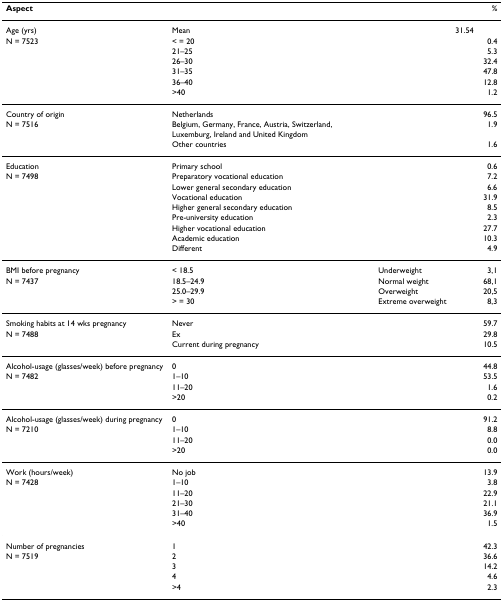
<table><thead><tr><td><b>Aspect</b></td><td></td><td></td><td></td><td><b>%</b></td></tr></thead><tbody><tr><td>Age (yrs)</td><td>Mean</td><td></td><td>31.54</td><td></td></tr><tr><td>N = 7523</td><td>&lt; = 20</td><td></td><td></td><td>0.4</td></tr><tr><td></td><td>21–25</td><td></td><td></td><td>5.3</td></tr><tr><td></td><td>26–30</td><td></td><td></td><td>32.4</td></tr><tr><td></td><td>31–35</td><td></td><td></td><td>47.8</td></tr><tr><td></td><td>36–40</td><td></td><td></td><td>12.8</td></tr><tr><td></td><td>&gt;40</td><td></td><td></td><td>1.2</td></tr><tr><td>Country of origin</td><td>Netherlands</td><td></td><td></td><td>96.5</td></tr><tr><td>N = 7516</td><td>Belgium, Germany, France, Austria, Switzerland, Luxemburg, Ireland and United Kingdom</td><td></td><td></td><td>1.9</td></tr><tr><td></td><td>Other countries</td><td></td><td></td><td>1.6</td></tr><tr><td>Education</td><td>Primary school</td><td></td><td></td><td>0.6</td></tr><tr><td>N = 7498</td><td>Preparatory vocational education</td><td></td><td></td><td>7.2</td></tr><tr><td></td><td>Lower general secondary education</td><td></td><td></td><td>6.6</td></tr><tr><td></td><td>Vocational education</td><td></td><td></td><td>31.9</td></tr><tr><td></td><td>Higher general secondary education</td><td></td><td></td><td>8.5</td></tr><tr><td></td><td>Pre-university education</td><td></td><td></td><td>2.3</td></tr><tr><td></td><td>Higher vocational education</td><td></td><td></td><td>27.7</td></tr><tr><td></td><td>Academic education</td><td></td><td></td><td>10.3</td></tr><tr><td></td><td>Different</td><td></td><td></td><td>4.9</td></tr><tr><td>BMI before pregnancy</td><td>&lt; 18.5</td><td>Underweight</td><td></td><td>3,1</td></tr><tr><td>N = 7437</td><td>18.5–24.9</td><td>Normal weight</td><td></td><td>68,1</td></tr><tr><td></td><td>25.0–29.9</td><td>Overweight</td><td></td><td>20,5</td></tr><tr><td></td><td>&gt; = 30</td><td>Extreme overweight</td><td></td><td>8,3</td></tr><tr><td>Smoking habits at 14 wks pregnancy</td><td>Never</td><td></td><td></td><td>59.7</td></tr><tr><td>N = 7488</td><td>Ex</td><td></td><td></td><td>29.8</td></tr><tr><td></td><td>Current during pregnancy</td><td></td><td></td><td>10.5</td></tr><tr><td>Alcohol-usage (glasses/week) before pregnancy</td><td>0</td><td></td><td></td><td>44.8</td></tr><tr><td>N = 7482</td><td>1–10</td><td></td><td></td><td>53.5</td></tr><tr><td></td><td>11–20</td><td></td><td></td><td>1.6</td></tr><tr><td></td><td>&gt;20</td><td></td><td></td><td>0.2</td></tr><tr><td>Alcohol-usage (glasses/week) during pregnancy</td><td>0</td><td></td><td></td><td>91.2</td></tr><tr><td>N = 7210</td><td>1–10</td><td></td><td></td><td>8.8</td></tr><tr><td></td><td>11–20</td><td></td><td></td><td>0.0</td></tr><tr><td></td><td>&gt;20</td><td></td><td></td><td>0.0</td></tr><tr><td>Work (hours/week)</td><td>No job</td><td></td><td></td><td>13.9</td></tr><tr><td>N = 7428</td><td>1–10</td><td></td><td></td><td>3.8</td></tr><tr><td></td><td>11–20</td><td></td><td></td><td>22.9</td></tr><tr><td></td><td>21–30</td><td></td><td></td><td>21.1</td></tr><tr><td></td><td>31–40</td><td></td><td></td><td>36.9</td></tr><tr><td></td><td>&gt;40</td><td></td><td></td><td>1.5</td></tr><tr><td>Number of pregnancies</td><td>1</td><td></td><td></td><td>42.3</td></tr><tr><td>N = 7519</td><td>2</td><td></td><td></td><td>36.6</td></tr><tr><td></td><td>3</td><td></td><td></td><td>14.2</td></tr><tr><td></td><td>4</td><td></td><td></td><td>4.6</td></tr><tr><td></td><td>&gt;4</td><td></td><td></td><td>2.3</td></tr></tbody></table>